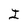
Character: I